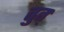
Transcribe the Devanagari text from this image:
तुत्